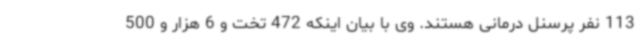
113 نفر پرسنل درمانی هستند. وی با بیان اینکه 472 تخت و 6 هزار و 500